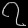
Digit: ၇